Annual administration report of the Civil Veterinary Department, Ajmere-Merwara, British Rajputana - 1914-1940
Year: 1914
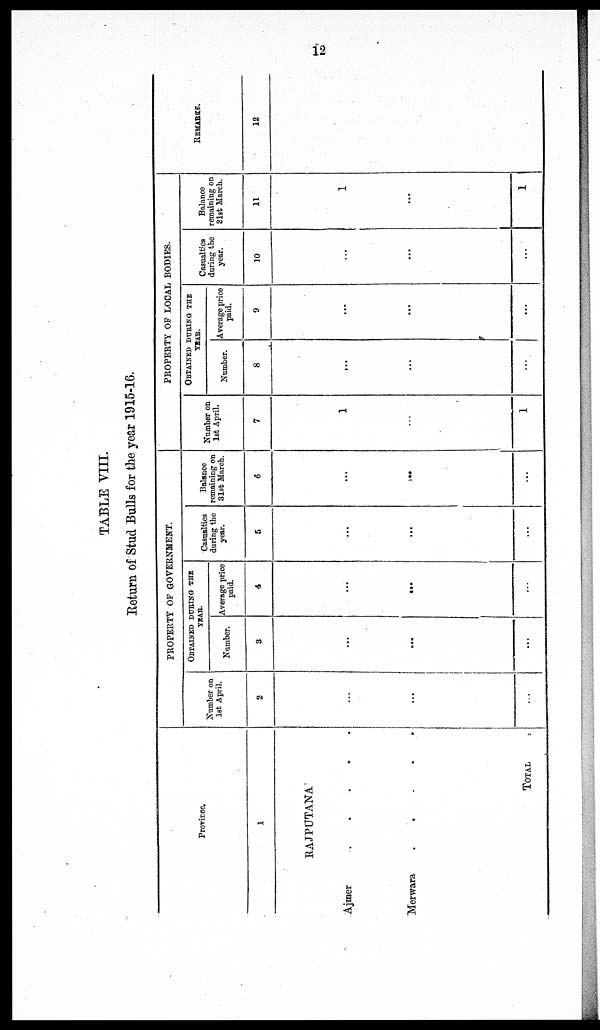
12
TABLE VIII.
Return of Stud Bulls for the year 1915-16.
Province.
1
RAJPUTANA
Ajmer.
.
.
.
.
Merwara. . . . .
TOTAL
PROPERTY OF GOVERNMENT.
Number on
1st April.
2
...
...
...
OBTAINED DURING THE
YEAR.
Number.
3
...
...
...
Average price
paid.
4
...
...
...
Casualties
during the
year.
5
...
...
...
Balance
remaining on
31st March.
6
...
...
...
PROPERTY OP LOCAL BODIES.
Number on
1st April.
7
1
...
1
OBTAINED DURING THE
YEAR.
Number.
8
...
...
...
Average price
paid.
9
...
...
...
Casualties
during the
year.
10
...
...
...
Balance
remaining on
31st March.
11
1
...
1
REMARKS
12